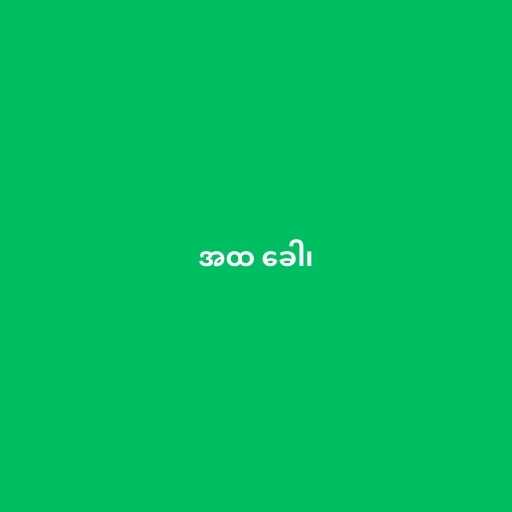
အထ ခေါ၊